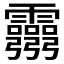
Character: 𩇃